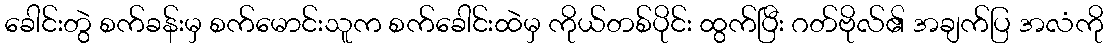
ခေါင်းတွဲ စက်ခန်းမှ စက်မောင်းသူက စက်ခေါင်းထဲမှ ကိုယ်တစ်ပိုင်း ထွက်ပြီး ဂတ်ဗိုလ်၏ အချက်ပြ အလံကို